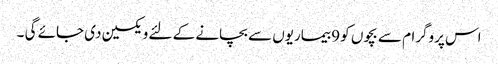
اس پروگرام سے بچوں کو 9 بیماریوں سے بچانے کے لئے ویکسین دی جائے گی ۔